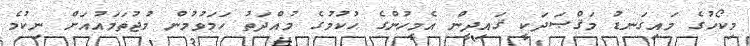
މިކޯހުގެ މައިގަނޑު މަޤްޞަދަކީ ޤައިދީން އެމީހުންގެ ޙުކުމުގެ މުއްދަތު ހަމަވުމުން މުޖުތަމައުއަށް ނިކުމެ